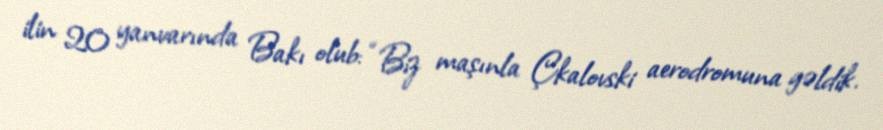
ilin 20 yanvarında Bakı olub: “Biz maşınla Çkalovski aerodromuna gəldik.